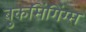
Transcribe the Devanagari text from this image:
बुकसिंगिंग्स